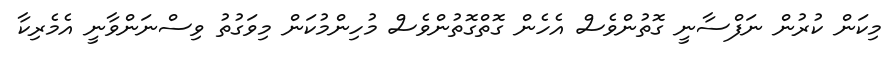
މިކަން ކުރުން ނަފްސާނީ ގޮތުންވެސް އެހެން ގޮތްގޮތުންވެސް މުހިންމުކަން މިވަގުތު ވިސްނަންވާނީ އެމެރިކާ